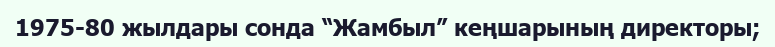
1975-80 жылдары сонда “Жамбыл” кеңшарының директоры;